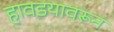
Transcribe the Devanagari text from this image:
हावडयावरून